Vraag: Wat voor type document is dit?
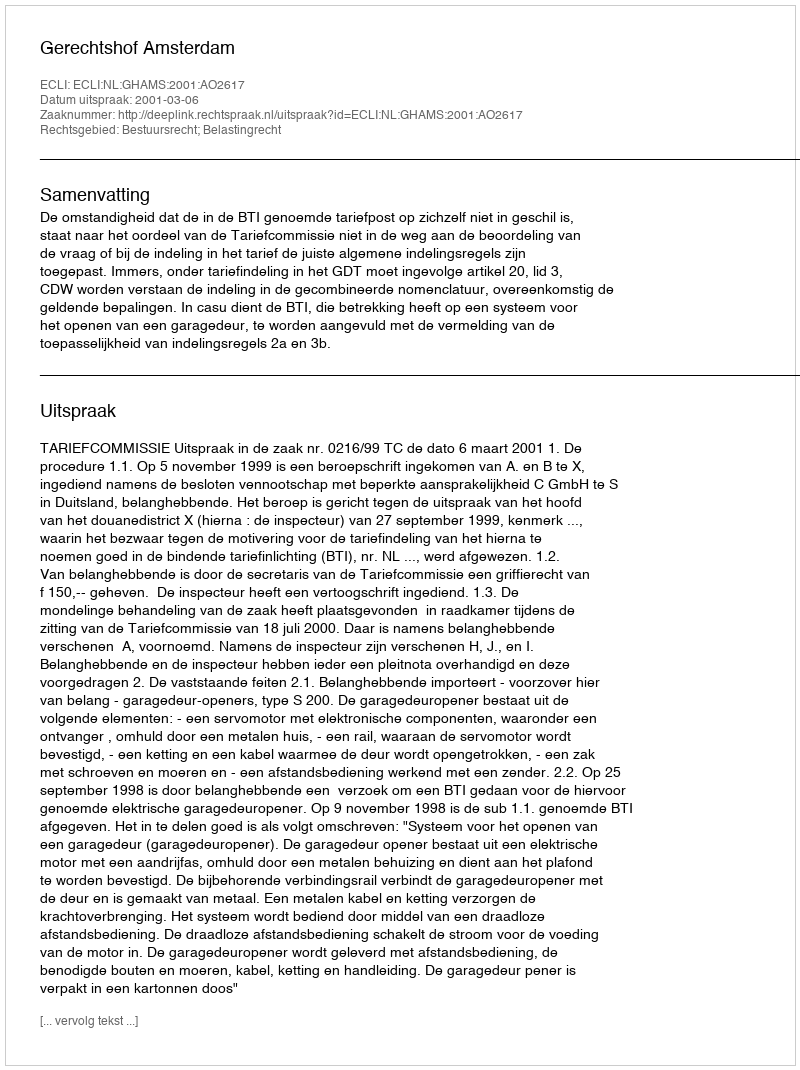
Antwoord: Uitspraak